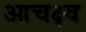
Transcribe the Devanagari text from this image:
आचक्ष्व